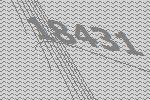
18431